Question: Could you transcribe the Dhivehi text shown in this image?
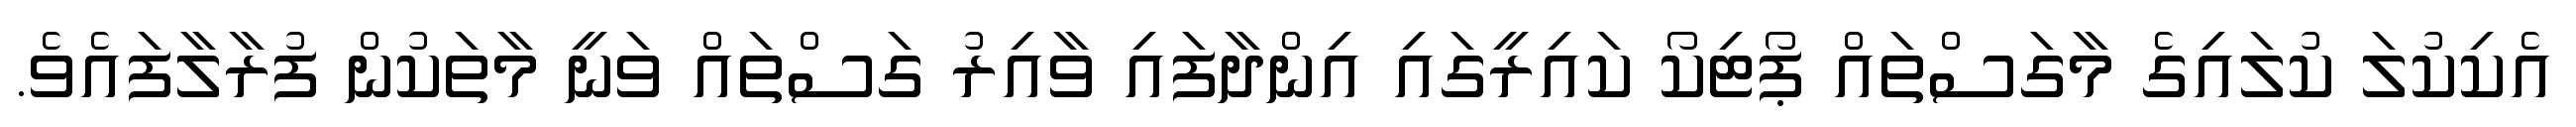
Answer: އެކިކުލަ ކުލައިގެ މާގަސްތައް ޕޯޓިކޯ ކައިރީގައި އިންދާފައި ވާއިރު ގަސްތައް ވަނީ މާތަކުން ފުރާލާފައެވެ.